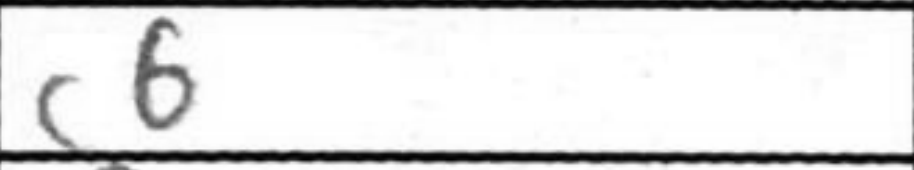
Transcription: c6